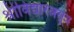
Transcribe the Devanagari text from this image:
श्रीविद्यारत्नसूत्र